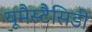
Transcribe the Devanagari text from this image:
यूमैस्टैसिडी